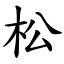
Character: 松